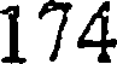
174